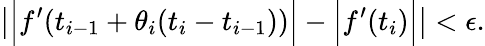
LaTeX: \left|{\Big|}f^{\prime}(t_{i-1}+\theta_{i}(t_{i}-t_{i-1})){\Big|}-{\Big|}f^{\prime}(t_{i}){\Big|}\right|<\epsilon.